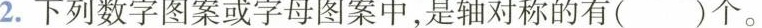
2.下列数字图案或字母图案中，是轴对称的有()个。